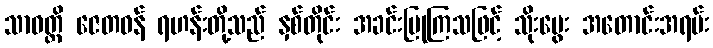
သာဝတ္ထိ ဇေတဝန် ရဟန်းတို့သည် နှစ်တိုင်း အခင်းပြုကြသဖြင့် သိုးမွေး အတောင်းအရမ်း